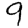
Digit: 9